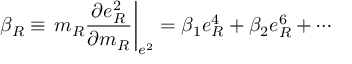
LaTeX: \beta _ { R } \equiv \left. m _ { R } \frac { \partial e _ { R } ^ { 2 } } { \partial m _ { R } } \right| _ { e ^ { 2 } } = \beta _ { 1 } e _ { R } ^ { 4 } + \beta _ { 2 } e _ { R } ^ { 6 } + \cdots